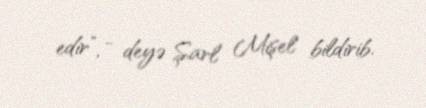
edir”, - deyə Şarl Mişel bildirib.